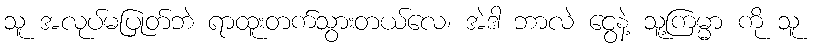
သူ အလုပ်မပြုတ်ဘဲ ရာထူးတက်သွားတယ်လေ၊ အဲဒါ ဘာလဲ ငွေနဲ့ သူ့ကြမ္မာ ကို သူ